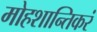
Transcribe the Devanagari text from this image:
मोहशान्तिकरं